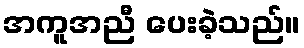
အကူအညီ ပေးခဲ့သည်။